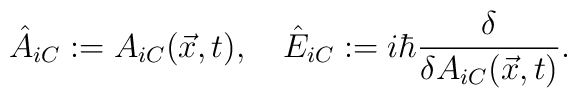
{\hat A}_{iC}:= A_{iC}({\vec x},t), \quad {\hat E}_{iC}:=i{\hbar } {\delta \over \delta A_{iC} ({\vec x},t)}.